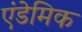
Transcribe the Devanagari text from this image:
एंडेमिक